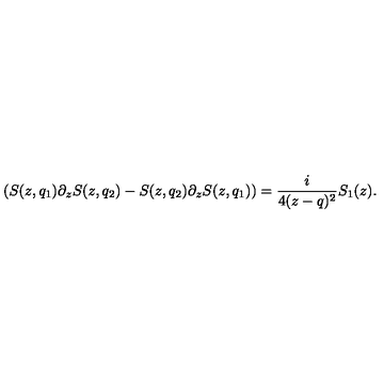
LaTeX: ( S ( z , q _ { 1 } ) \partial _ { z } S ( z , q _ { 2 } ) - S ( z , q _ { 2 } ) \partial _ { z } S ( z , q _ { 1 } ) ) = { \frac { i } { 4 ( z - q ) ^ { 2 } } } S _ { 1 } ( z ) .